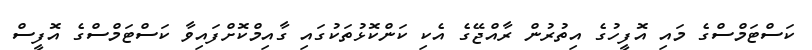
ކަސްޓަމްސްގެ މައި އޮފީހުގެ އިތުރުން ރާއްޖޭގެ އެކި ކަންކޮޅުތަކުގައި ގާއިމްކޮށްފައިވާ ކަސްޓަމްސްގެ އޮފީސް